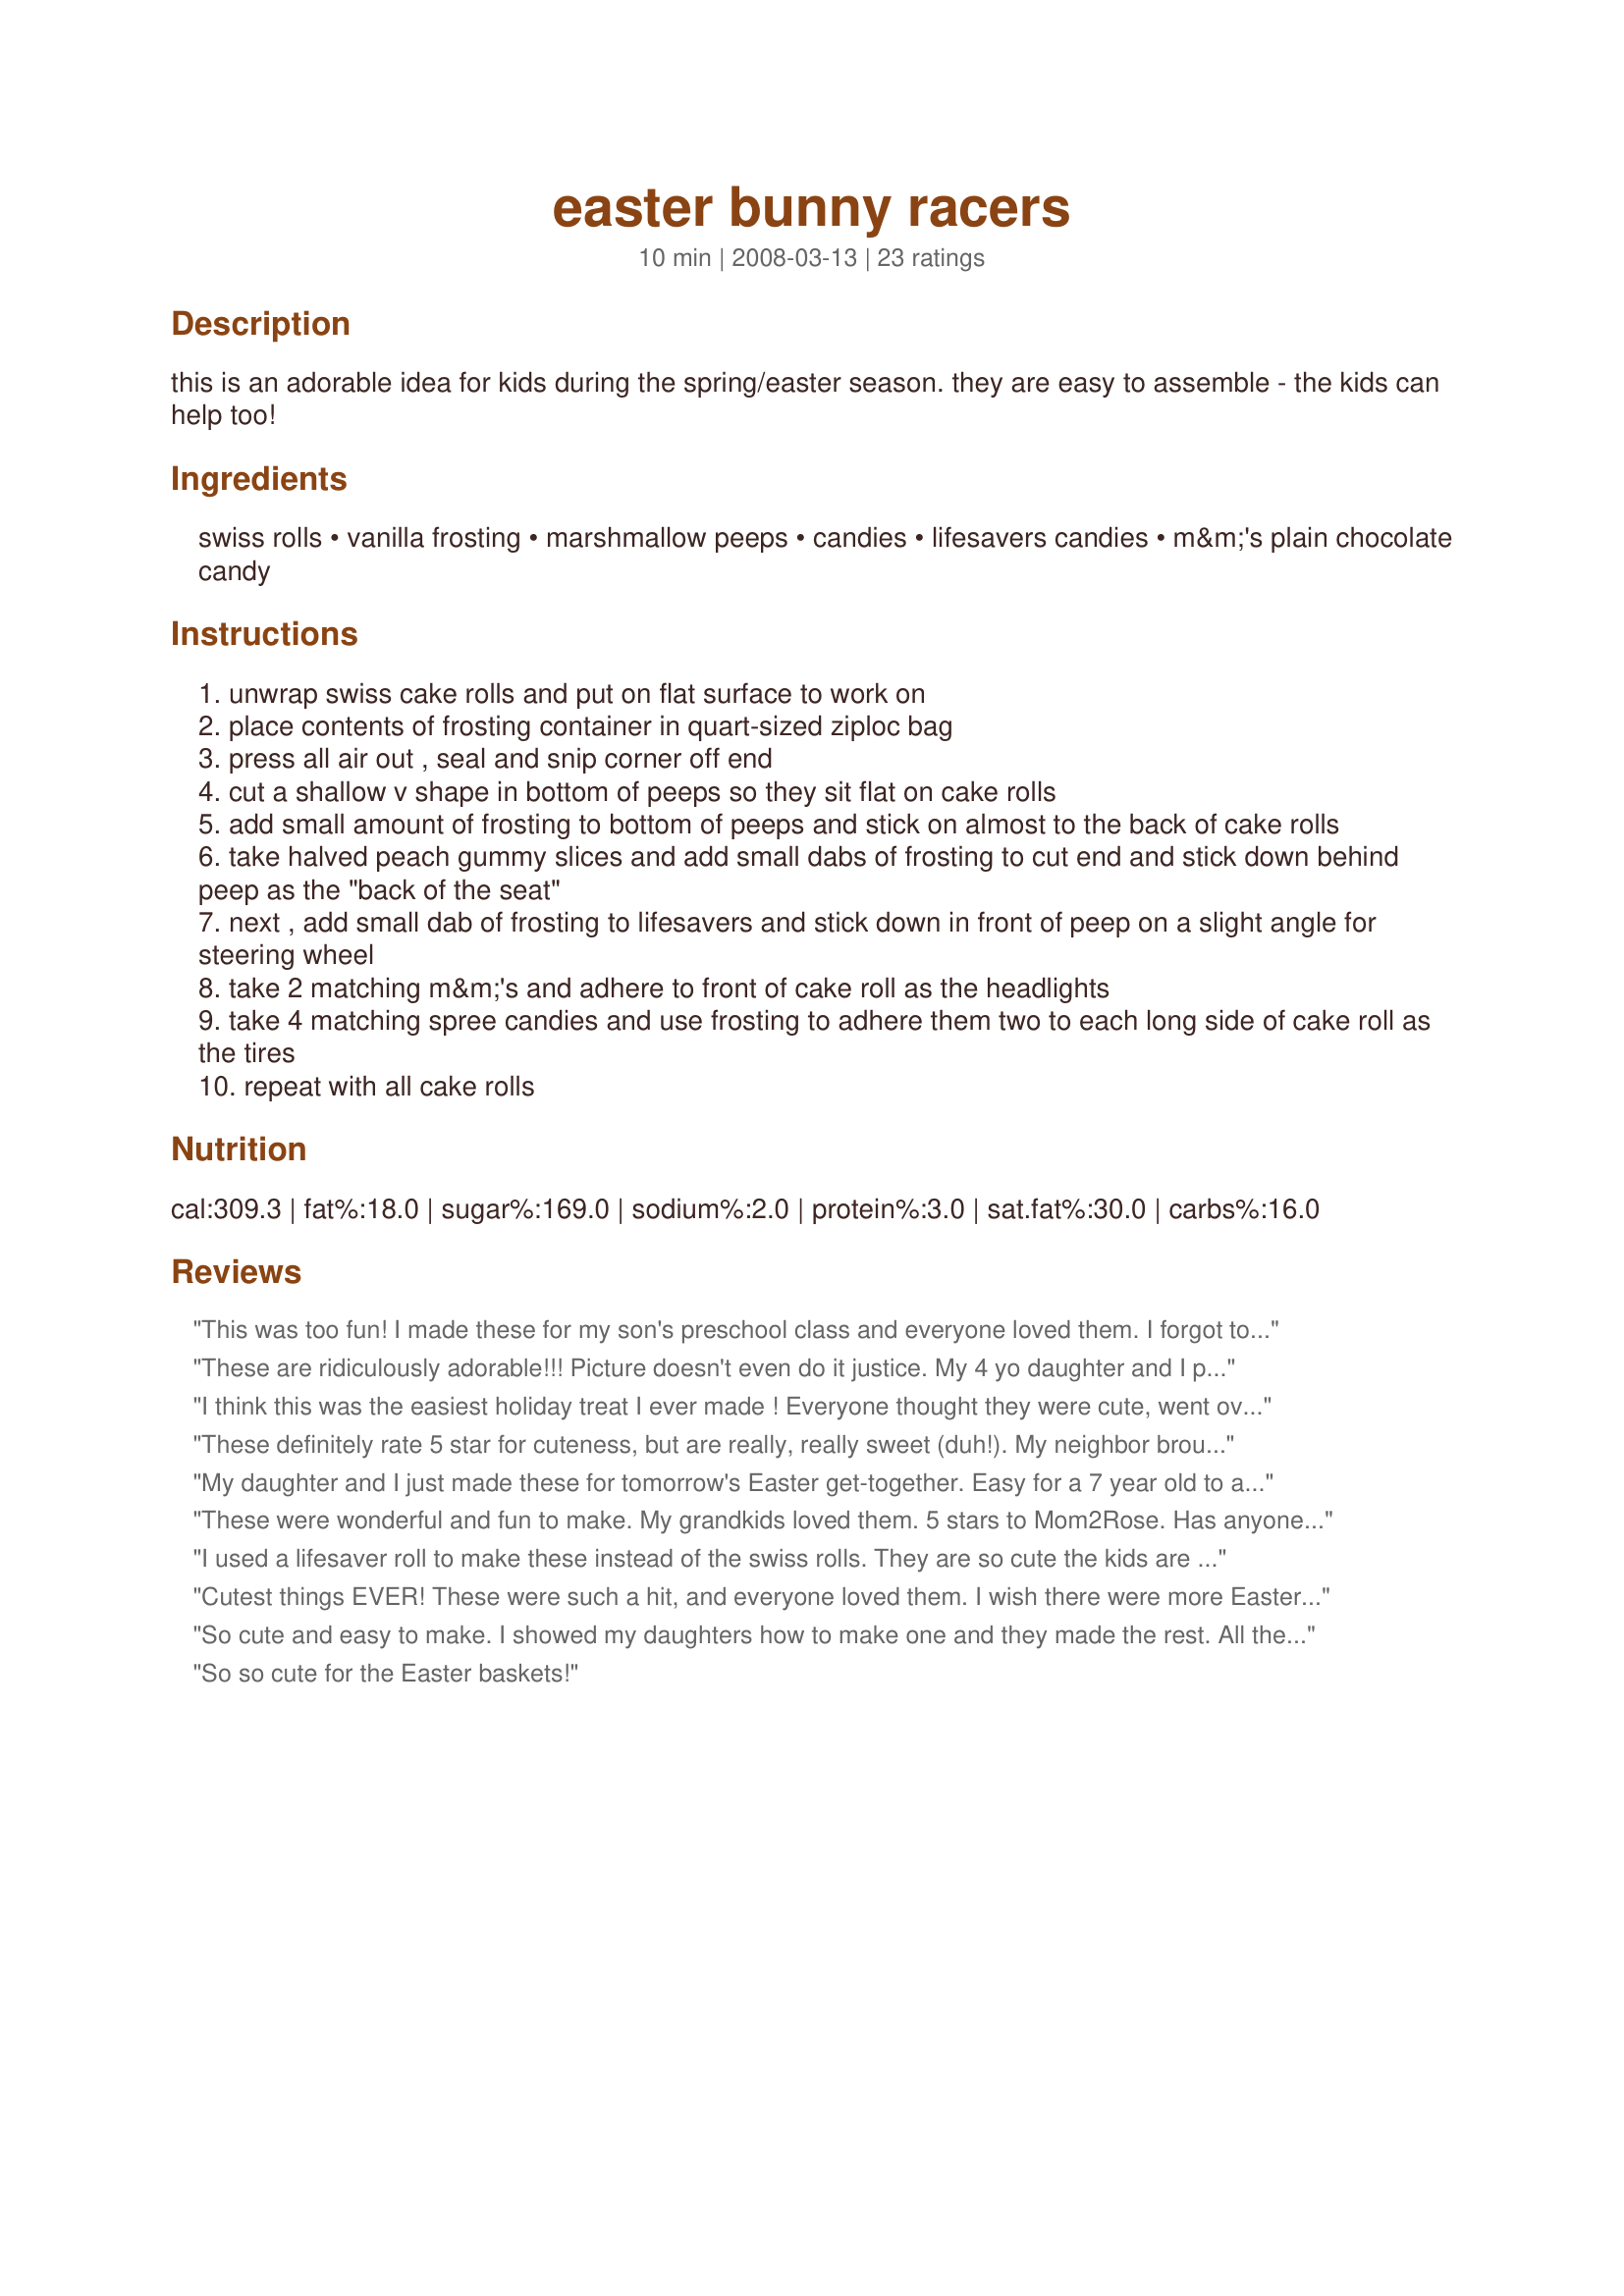
easter bunny racers
Preparation time: 10 minutes

this is an adorable idea for kids during the spring/easter season. they are easy to assemble - the kids can help too!

Ingredients:
swiss rolls, vanilla frosting, marshmallow peeps, candies, lifesavers candies, m&m's plain chocolate candy

Steps:
unwrap swiss cake rolls and put on flat surface to work on
place contents of frosting container in quart-sized ziploc bag
press all air out , seal and snip corner off end
cut a shallow v shape in bottom of peeps so they sit flat on cake rolls
add small amount of frosting to bottom of peeps and stick on almost to the back of cake rolls
take halved peach gummy slices and add small dabs of frosting to cut end and stick down behind peep as the "back of the seat"
next , add small dab of frosting to lifesavers and stick down in front of peep on a slight angle for steering wheel
take 2 matching m&m's and adhere to front of cake roll as the headlights
take 4 matching spree candies and use frosting to adhere them two to each long side of cake roll as the tires
repeat with all cake rolls

Reviews:
This was too fun! I made these for my son's preschool class and everyone loved them. I forgot to do the headlights, but they still turned out great. Thanks for such a fun idea!
These are ridiculously adorable!!! Picture doesn't even do it justice. My 4 yo daughter and I put these together for her daycare party. I used gummy lifesavers for the steering wheel & tires. Could not have been easier to assemble and I thought the kids were going to riot when I ever walked through the door with a tray of 30. They were positively delighted and I'd recommend these to any family for a fun treat!
I think this was the easiest holiday treat I ever made ! Everyone thought they were cute, went over well. Thankyou for the idea !
These definitely rate 5 star for cuteness, but are really, really sweet (duh!). My neighbor brought them to a gathering tonight and her kids had a fabulous time assembling them, but all of the kids had a hard time eating them...just way too much sugar in one sitting! Overall, a great additon to the Easter-eve festivities held at my home tonight!
My daughter and I just made these for tomorrow's Easter get-together. Easy for a 7 year old to assist with! I used chocolate frosting so it didn't show up against the cake roll. Since mine will be the only munchkin there, I used Snyders peanut butter pretzel sandwiches for the wheels and M&Ms for the headlights to make it a little less sugar overload for the grown-ups.
These were wonderful and fun to make. My grandkids loved them. 5 stars to Mom2Rose. Has anyone tried to make them with hersheys kisses? Maybe even a caramel cut in half to top off the chocolate center.
I used a lifesaver roll to make these instead of the swiss rolls. They are so cute the kids are going to go bonkers when they see them. My granddaughter will be so excited and want to make some herself! What a cute idea!
Cutest things EVER! These were such a hit, and everyone loved them. I wish there were more Easters in a year so I could make these more often LOL. Easy and fun. Thank you!
So cute and easy to make. I showed my daughters how to make one and they made the rest. All the kids loved them and the sugan high you get after you eat one.
So so cute for the Easter baskets!
These were so cute and easy to make... I made them this easter, I used PEZ on the back of the "cars" for license plates... it dressed up the back nicely! Thanks for the recipe!!
We had more fun making this for my nephews pre-school class than should be allowed. We used Peep bunnies and chicks for a variety. These were very cute, very easy to assemble (we did them in an assembly line fashion) and everyone that saw them thought they were ADORABLE!
Thanks M2R....GREAT idea!!!
This is such a great idea! My parents had just as much fun as my 8 year old and 11 year old had making them! We assembled them on Saturday night and all the kids had them for dessert after the Easter egg hunt on Sunday! How clever you are!
My grandkids loved making these. They were so proud of them. Thanks for the recipe.
What a wonderful idea. These were fun to make and turned out soooo cute. They tasted good too! Grandkids and parents
loved these (so did the grandparents!). Thank You so
much for this great idea!!
These were so fun to make! Everyone thought they were the cutest things they had ever seen...
I didn't make these but my DS's fiance did for her family for Easter, I am posting her 10-star rating and her thank you to you Sarah for such a great Easter recipe!
Easter 2011 was at my house and there were 10 little kidlets, 3 teens and 5 "big kids" who all participated in the making of these fun little racers, and the eating of them, too. So much fun and everyone was very creative in the way they put them together. Thanks for such a great idea!
I made these and sent them in with my husband to work. All the Marines and contractors thought they were amazing. One guy ate three. It just proves that men really do stay little boys. They were tickled over them.
So fun! We also used Twinkies and made a speedway for them to race on (picture uploaded left). My family scarfed them down and fought the kids for the blue peep bunnies.
I made these last year for our church's Easter "Eggstravaganza" and the kids absolutely loved them. Fortunately, I had enough for each child (I made nearly a hundread of them)! They begged me to make them again this year. You couldn't have an easier treat that is extra unique and fun (and fun to make too)! Great idea!!
These are way more than 5 stars worth of fun and so easy. Great project for the kids.
Freaking genius idea! They are SO SO DARN CUTE!!!!!! I enjoyed making them and watching them sitting in my apartment as they were also such fantastic decorations to the house. I am totally saving this recipe and making these again!!!!
